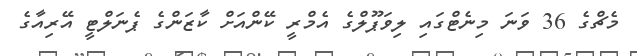
މެޗްގެ 36 ވަނަ މިނެޓްގައި ލިވަޕޫލްގެ އެމްރީ ކޭންއަށް ކާޒަންގެ ޕެނަލްޓީ އޭރިއާގެ